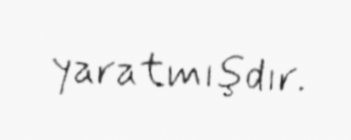
yaratmışdır.